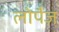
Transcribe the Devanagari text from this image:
लोपैज़